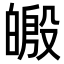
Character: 𪾄